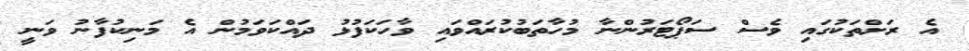
އެ ރަށްތަކުގައި ވެސް ސަޕޯޓަރުންނާ މުހާތަބުކުރައްވައި ވާހަކަފުޅު ދައްކަވަމުން އެ މަނިކުފާނު ވަނީ